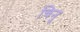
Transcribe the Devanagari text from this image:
चिनु